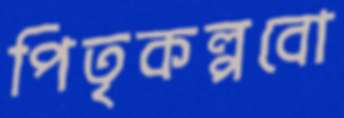
পিতৃকল্পবো